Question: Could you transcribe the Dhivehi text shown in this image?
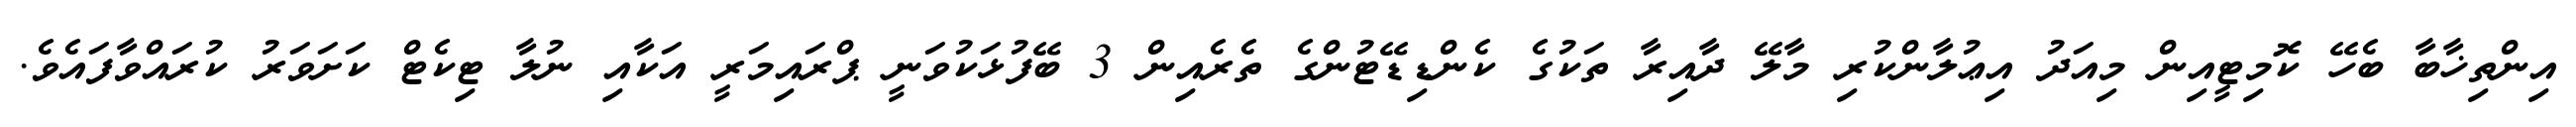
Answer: އިންތިޚާބާ ބެހޭ ކޮމިޓީއިން މިއަދު އިޢުލާންކުރި މާލޭ ދާއިރާ ތަކުގެ ކެންޑިޑޭޓުންގެ ތެރެއިން 3 ބޭފުޅަކުވަނީ ޕްރައިމަރީ އަކާއި ނުލާ ޓިކެޓް ކަށަވަރު ކުރައްވާފައެވެ.